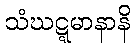
သံဃဋ္ဋမာနာနိ